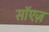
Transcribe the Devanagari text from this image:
सॉएज़